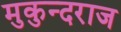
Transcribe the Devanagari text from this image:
मुकुन्दराज